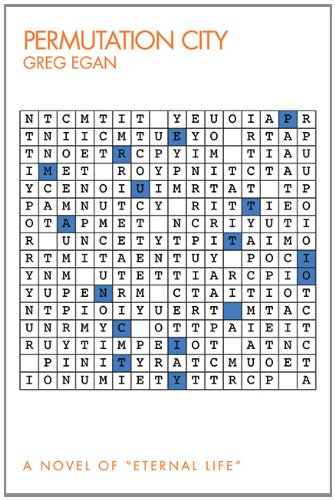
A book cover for Permutation City: A Novel; Greg Egan; Science Fiction & Fantasy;